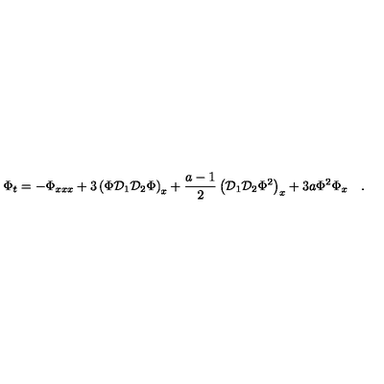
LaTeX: \Phi _ { t } = - \Phi _ { x x x } + 3 \left( \Phi { \cal D } _ { 1 } { \cal D } _ { 2 } \Phi \right) _ { x } + \frac { a - 1 } { 2 } \left( { \cal D } _ { 1 } { \cal D } _ { 2 } \Phi ^ { 2 } \right) _ { x } + 3 a \Phi ^ { 2 } \Phi _ { x } \quad .